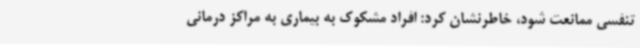
تنفسی ممانعت شود، خاطرنشان کرد: افراد مشکوک به بیماری به مراکز درمانی